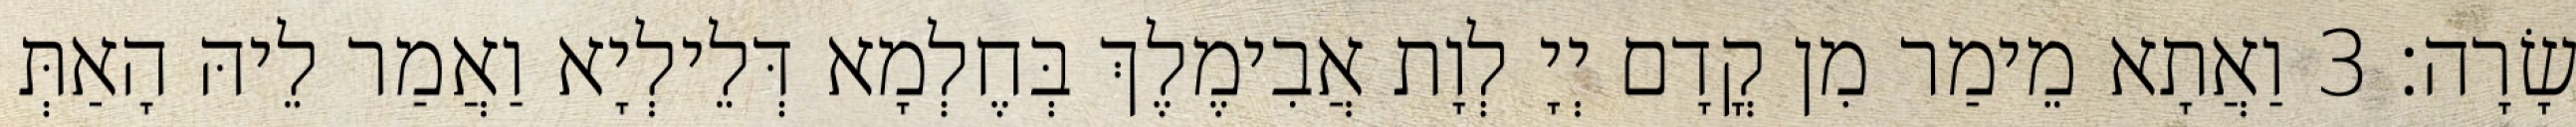
שָׂרָה׃ 3 וַאֲתָא מֵימַר מִן קֳדָם יְיָ לְוָת אֲבִימֶלֶךְ בְּחֶלְמָא דְּלֵילְיָא וַאֲמַר לֵיהּ הָאַתְּ